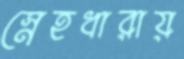
স্নেহধারায়